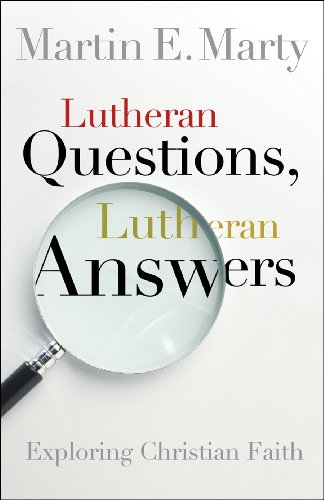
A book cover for Lutheran Questions, Lutheran Answers: Exploring Christian Faith; Martin Marty; Christian Books & Bibles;